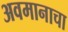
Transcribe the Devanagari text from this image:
अवमानाचा